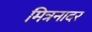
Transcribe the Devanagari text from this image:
मित्रनादर